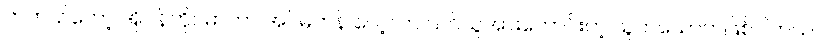
တကယ်တော့ အိုပဲန်ဟိုင်မာဟာ အင်မတန် လေ့လာ သင်ယူအားကောင်းတဲ့ သူတယောက်ဖြစ်ပါတယ်။